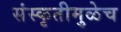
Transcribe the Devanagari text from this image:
संस्कृतीमुळेच